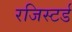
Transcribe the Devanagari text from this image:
रजिस्‍टर्ड